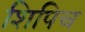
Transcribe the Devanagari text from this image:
शिपिच